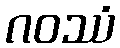
ဂဝဿံ